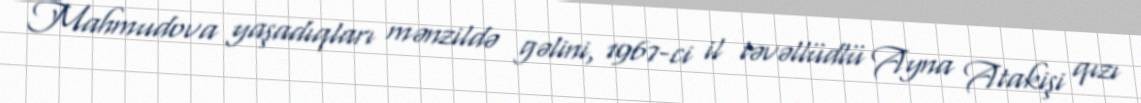
Mahmudova yaşadıqları mənzildə gəlini, 1967-ci il təvəllüdlü Ayna Atakişi qızı